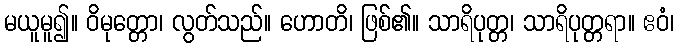
မယူမူ၍။ ဝိမုတ္တော၊ လွတ်သည်။ ဟောတိ၊ ဖြစ်၏။ သာရိပုတ္တ၊ သာရိပုတ္တရာ။ ဧဝံ၊